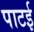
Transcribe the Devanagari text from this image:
पाटई